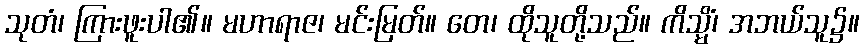
သုတံ၊ ကြားဖူးပါ၏။ မဟာရာဇ၊ မင်းမြတ်။ တေ၊ ထိုသူတို့သည်။ ကိသ္မိံ၊ အဘယ်သူ၌။